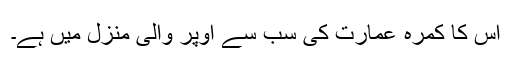
اس کا کمرہ عمارت کی سب سے اوپر والی منزل میں ہے۔